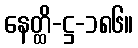
နေတ္ထိ-ဋ္ဌ-၁၈၆။